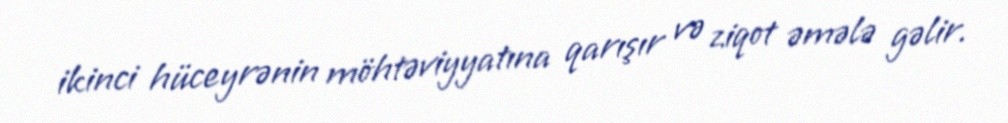
ikinci hüceyrənin möhtəviyyatına qarışır və ziqot əmələ gəlir.